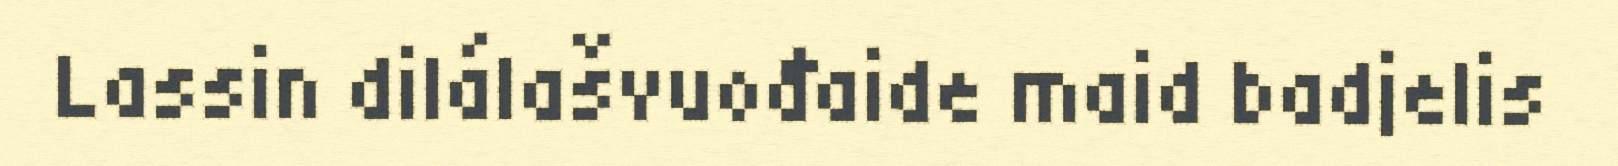
Lassin dilálašvuođaide maid badjelis